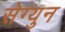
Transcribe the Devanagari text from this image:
सेग्युन